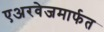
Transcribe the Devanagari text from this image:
एअरवेजमार्फत